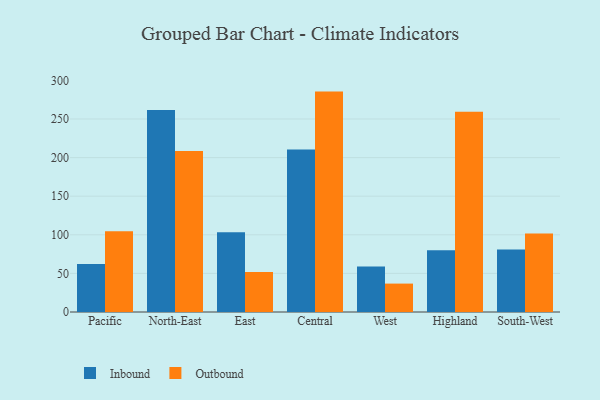
{"axis": {"x": "Region", "y": "Production Output"}, "legend": ["Inbound", "Outbound"], "data": [{"x": "Pacific", "y": 62.2, "type": "Inbound"}, {"x": "Pacific", "y": 104.7, "type": "Outbound"}, {"x": "North-East", "y": 261.6, "type": "Inbound"}, {"x": "North-East", "y": 208.7, "type": "Outbound"}, {"x": "East", "y": 103.4, "type": "Inbound"}, {"x": "East", "y": 51.9, "type": "Outbound"}, {"x": "Central", "y": 210.6, "type": "Inbound"}, {"x": "Central", "y": 285.5, "type": "Outbound"}, {"x": "West", "y": 58.8, "type": "Inbound"}, {"x": "West", "y": 36.8, "type": "Outbound"}, {"x": "Highland", "y": 80.1, "type": "Inbound"}, {"x": "Highland", "y": 259.3, "type": "Outbound"}, {"x": "South-West", "y": 80.8, "type": "Inbound"}, {"x": "South-West", "y": 101.7, "type": "Outbound"}]}